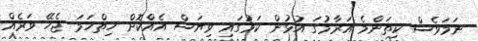
ނަމަވެސް ކިތަންމެ އަރާމުގަ އުޅުން ކަމުގައި ވިޔަސް އެއްކޮށް ހިތްހަމަ ޖެހޭ ވަރެއް